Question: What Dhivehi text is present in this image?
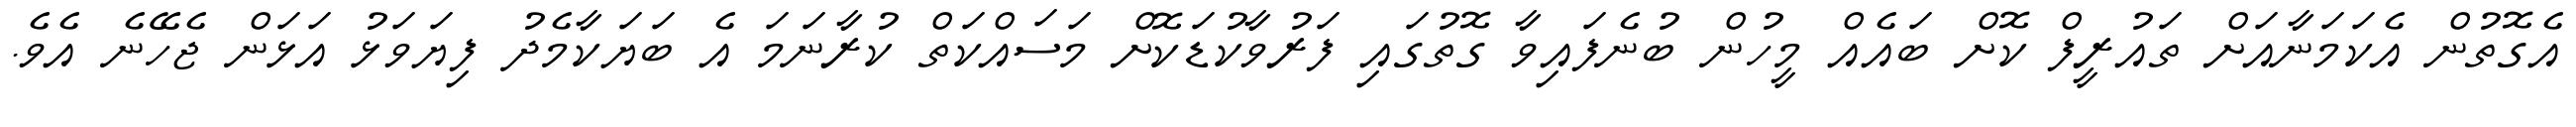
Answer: އެގޮތުން އެކަމަނާއަށް ތައުރީފް ކޮށް ބައެއް މީހުން ބުނެފައިވާ ގޮތުގައި ފަރުވާކުޑަކޮށް މަސައްކަތް ކުރާނަމަ އެ ބަޔަކާމެދު ފިޔަވަޅު އަޅަން ޖެހޭނެ އެވެ.